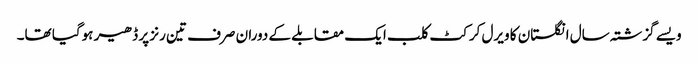
ویسے گزشتہ سال انگلستان کا ویرل کرکٹ کلب ایک مقابلے کے دوران صرف تین رنز پر ڈھیر ہوگیا تھا۔